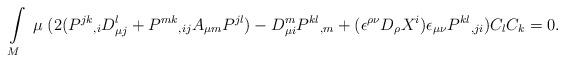
LaTeX: \begin{align*}\int\limits_{M}\;\mu\;(2(P^{jk}{}_{,i}D_{\mu j}^{l}+P^{mk}{}_{,ij}A_{\mu m}P^{jl})-D_{\mu i}^{m}P^{kl}{}_{,m}+(\epsilon^{\rho\nu}D_{\rho}X^{i})\epsilon_{\mu\nu}P^{kl}{}_{,ji})C_{l}C_{k}=0.\end{align*}